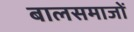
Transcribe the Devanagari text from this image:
बालसमाजों